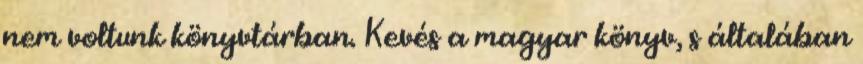
nem voltunk könyvtárban. Kevés a magyar könyv, s általában